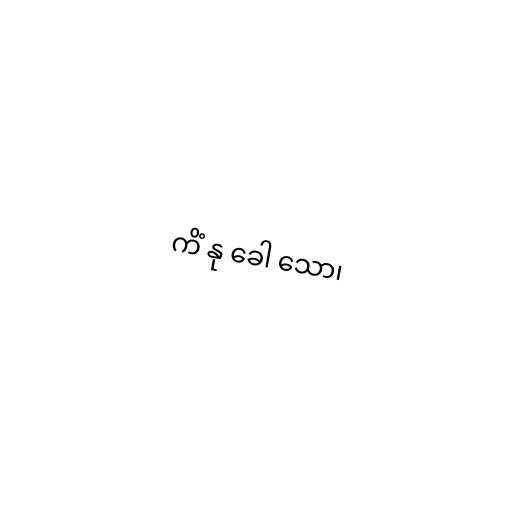
ကိံ နု ခေါ သော၊